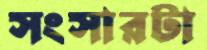
সংসারটা